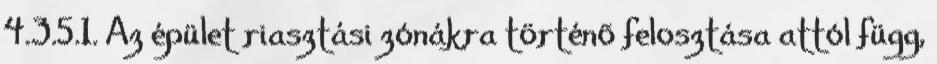
4.3.5.1. Az épület riasztási zónákra történõ felosztása attól függ,